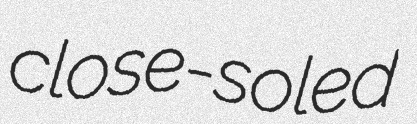
close-soled